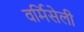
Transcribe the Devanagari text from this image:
वर्मिसेली